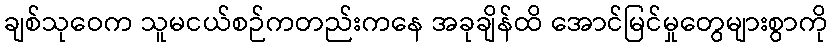
ချစ်သုဝေက သူမငယ်စဉ်ကတည်းကနေ အခုချိန်ထိ အောင်မြင်မှုတွေများစွာကို